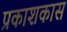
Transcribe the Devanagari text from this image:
प्रकाशकास